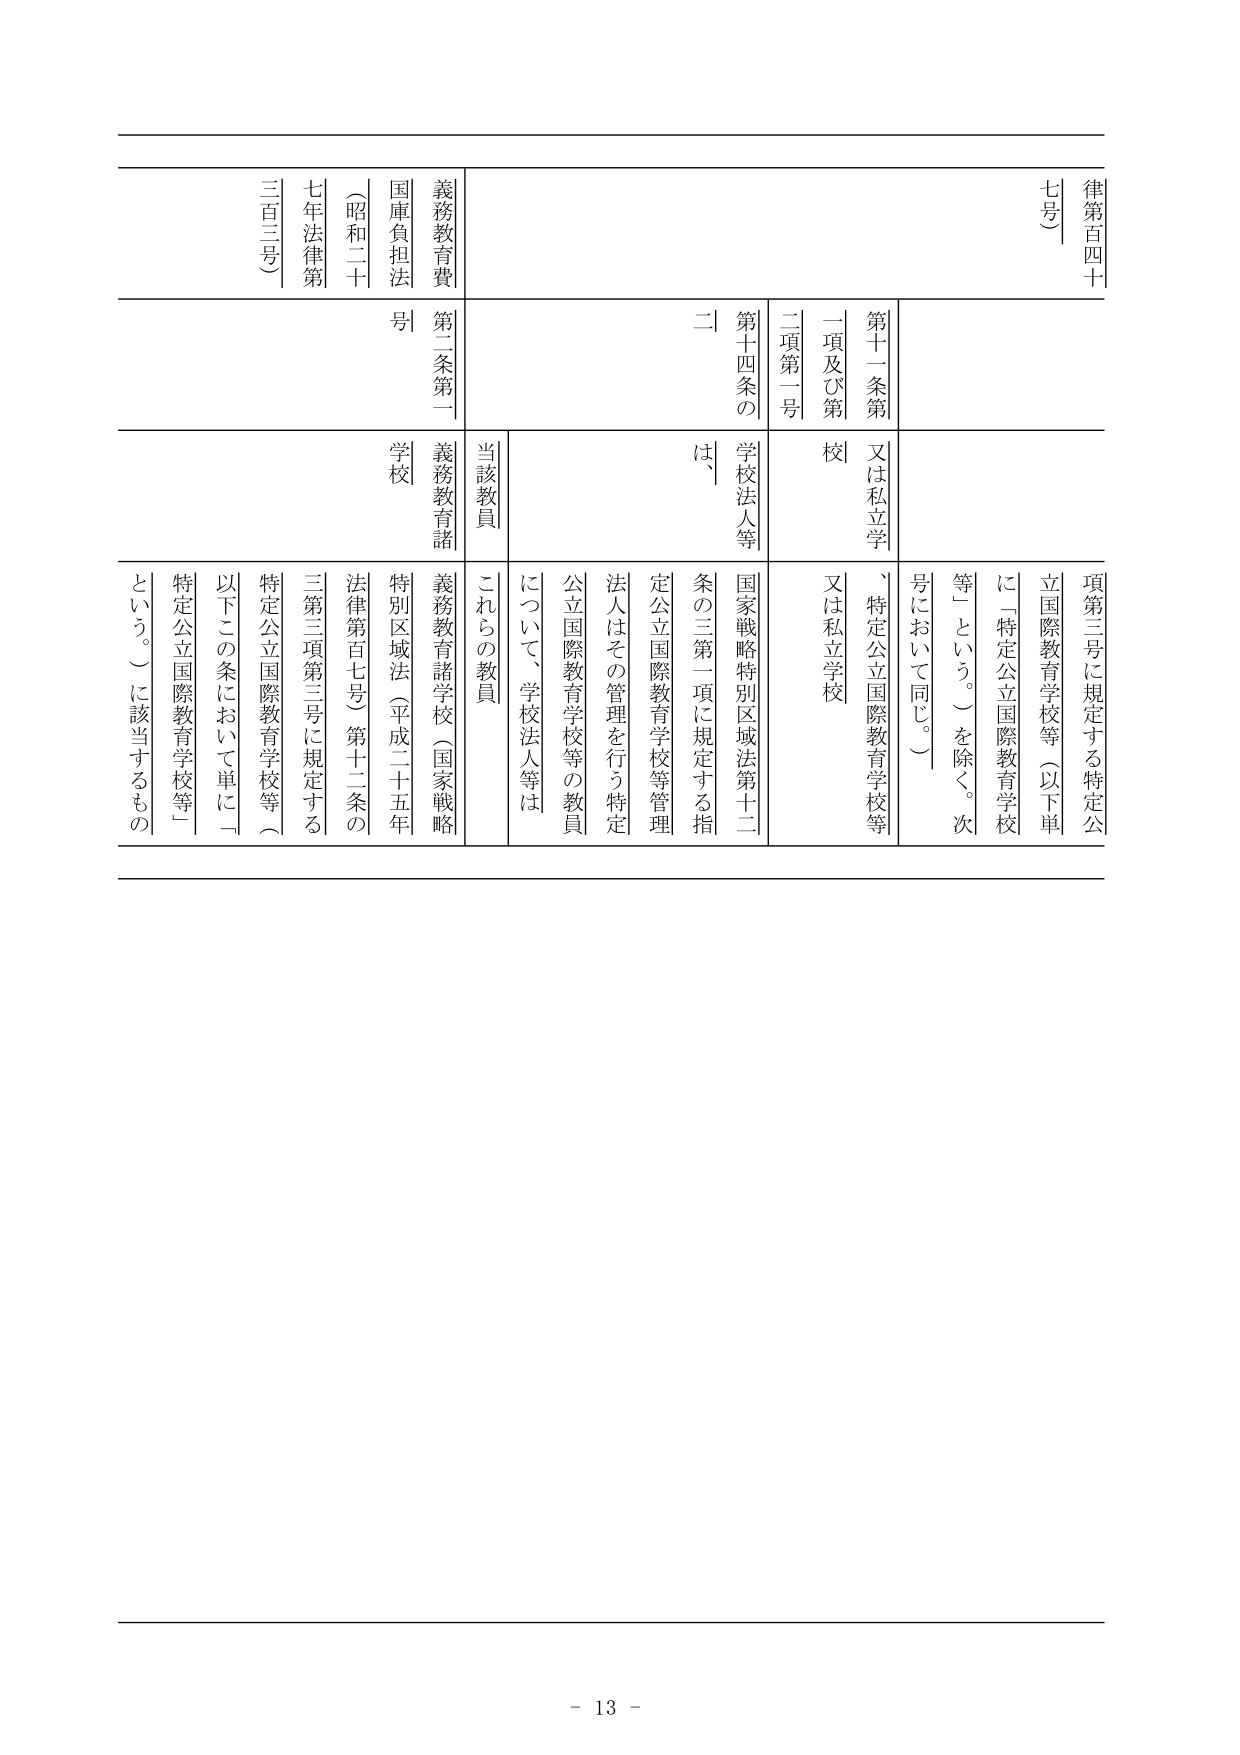
律第百四十七号）

第十一條第一項及び第二項第一号
又は私立学校

第十四条の二
学校法人等は、
国家戦略特別区域法第十二条の三第一項に規定する指定公立国際教育学校等管理法人はその管理を行う特定公立国際教育学校等の教員について、学校法人等はこれらの教員

義務教育費
国庫負担法（昭和二十七年法律第三百三号）
第二条第一号
義務教育諸学校

項第三号に規定する特定公立国際教育学校等（以下単に「特定公立国際教育学校等」という。）を除く。次号において同じ。）

特別区域法（平成二十五年法律第百七号）第十二条の三第三項第三号に規定する特定公立国際教育学校等（以下この条において単に「特定公立国際教育学校等」という。）に該当するもの

- 13 -